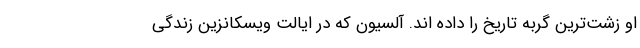
او زشت‌ترین گربه تاریخ را داده اند. آلسیون که در ایالت ویسکانزین زندگی